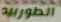
الطوربيد